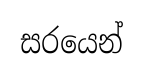
සරයෙන්